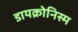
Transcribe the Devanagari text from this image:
डायक्रोनिस्म